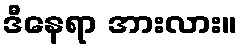
ဒီနေရာ အားလား။